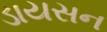
ડાયસન